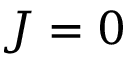
J = 0